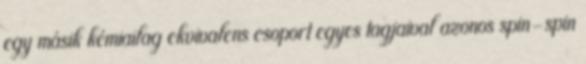
egy másik kémiailag ekvivalens csoport egyes tagjaival azonos spin-spin